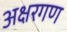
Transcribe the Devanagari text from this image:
अक्षरगण